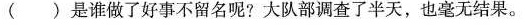
( )是谁做了好事不留名呢?大队部调查了半天，也毫无结果。